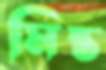
মিন্ত